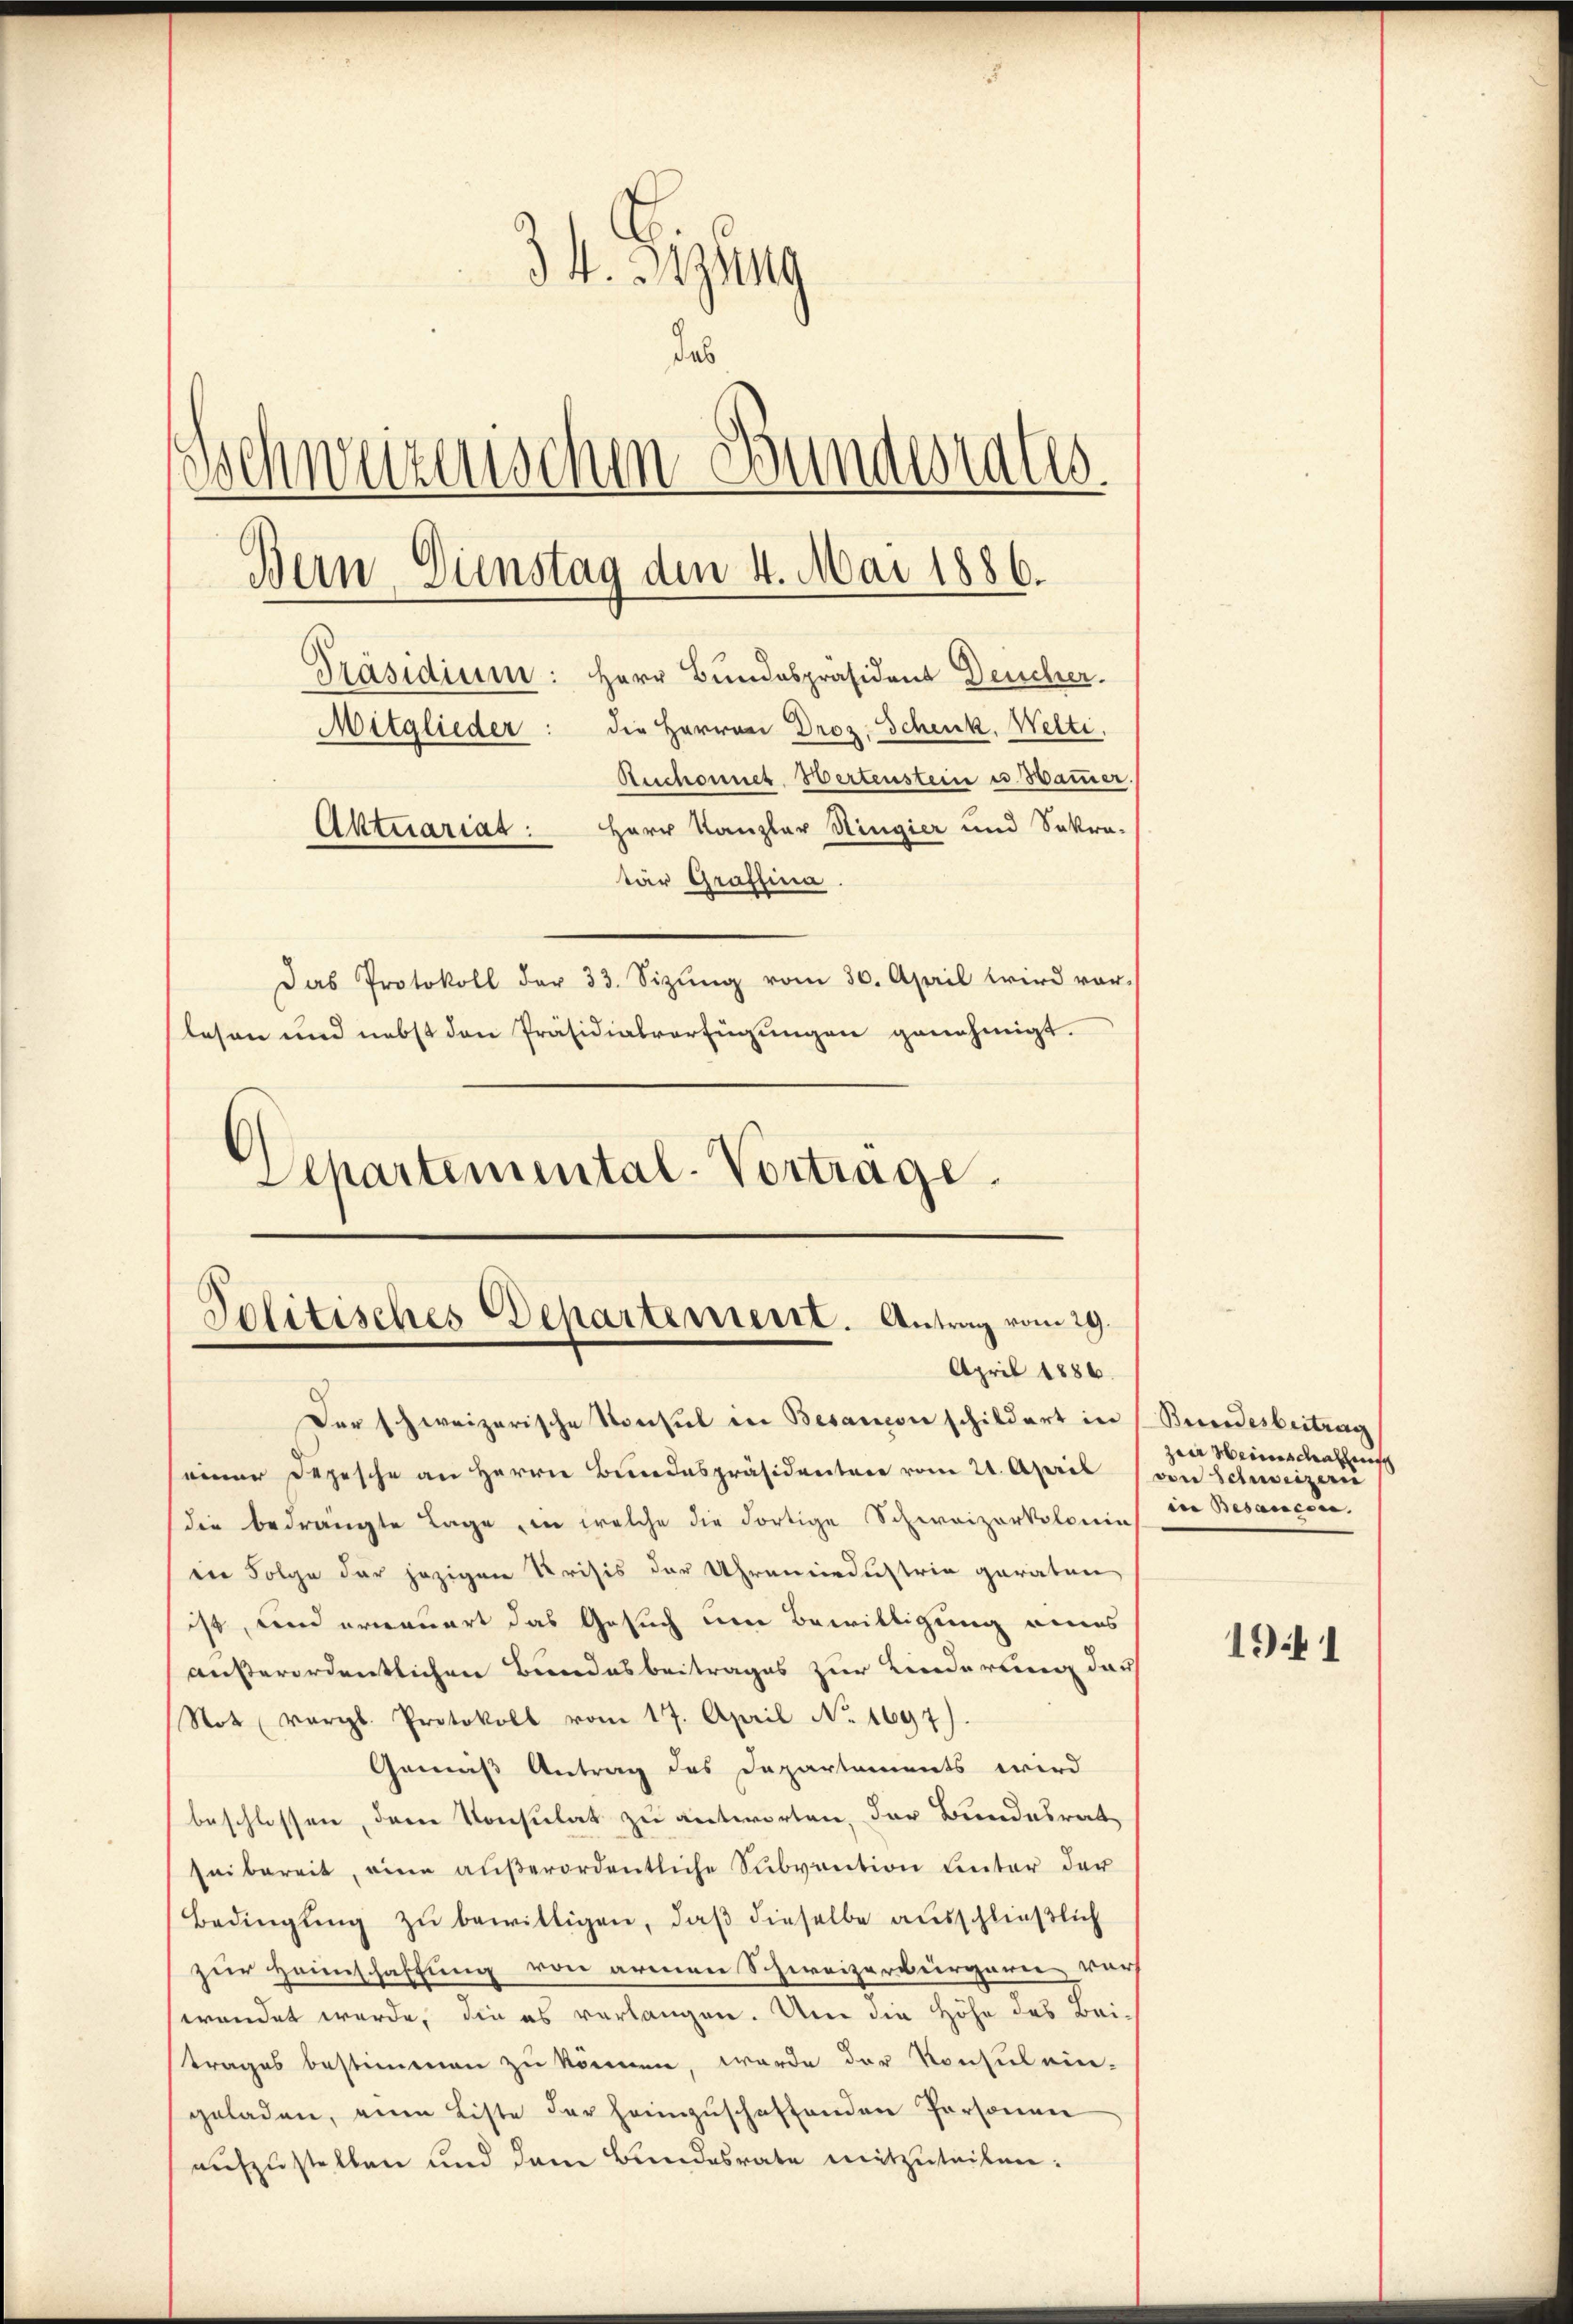
34. 3izung
das
.
schweizerischen Bunderrates.
Bern Dienstag den 4. Mai 1886.
Präsidium: Herr Bundespräsident Deucher.
Mitglieder: die Herren Droz. Schenk, Welti,
Ruchonnes Wertenstein u Hammer
Aktuarias: Herr Kanzler Ringier und Sokra-
tar Graffina.
Das Protokoll der 33. Sizŭng vom 30. April wird vor-
lesen und nebst den Präsidialverfügungen genehmigt.
Departemental-Vortrage.

Politisches Departement. Antrag vom 29.
April 1886.

Der schweizerische Konsul in Besanon schildert in Bundesbeitung
einer Depesche an Herrn Bundespräsidenter vom 21. April (von Schweizeri
die bedrängte Lage in welche die dortige Schweizerkolonin
in Folge der jezigen Krisis der Uhrenindustria geraten
ist, und ernauert das Gesuch um Bewilligung eines
außerordentlichen Bundesbeitrages zur Linderung darf
Not vergl. Protokoll vom 17. April No. 1697)
Genuß Antrag des Departements wird
beschlossen, dem Konsulat zu antworten, der Bundesrat
seibereit, eine aŭβerordentliche Subvention unter der
Bedingung zu bewilligen, daß dieselbe ausschließlich
zur Heinschaffung von armen Schweizerbürgaren vor
wendet werde, die es verlangen. Um die Höhe des Beitrages bestimmen zu können, werde der Konsul ein-
geladen, eine Liste der heimzuschaffenden Personen
aufzustellen und dem Bundesrate mitzuteilen:

zur Heinschachnisch
in Besaucere

1941